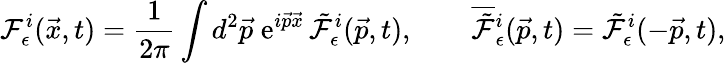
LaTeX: {\cal F}_{\epsilon}^{i}(\vec{x},t)=\frac{1}{2\pi}\int d^{2}\vec{p}\; \mathrm{e}^{i\vec{p}\vec{x}}\, \tilde{\cal F}_{\epsilon}^{i}(\vec{p},t),\qquad\overline{{{\tilde{\cal F}}}}{}_{\epsilon}^{i}(\vec{p},t)=\tilde{\cal F}_{\epsilon}^{i}(-\vec{p},t),